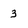
Character: 3